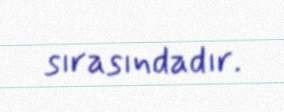
sırasındadır.